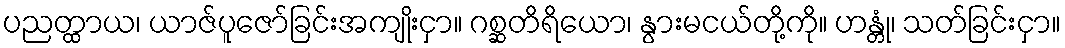
ပညတ္ထာယ၊ ယာဇ်ပူဇော်ခြင်းအကျိုးငှာ။ ဂစ္ဆတိရိယော၊ နွားမငယ်တို့ကို။ ဟန္တုံ၊ သတ်ခြင်းငှာ။